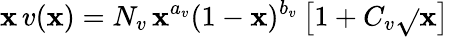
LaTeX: \mathbf{x}\, v(\mathbf{x})=N_{v}\, \mathbf{x}^{a_{v}}(1-\mathbf{x})^{b_{v}}\left[1+C_{v}\sqrt{}{{\mathbf{x}}}\right]